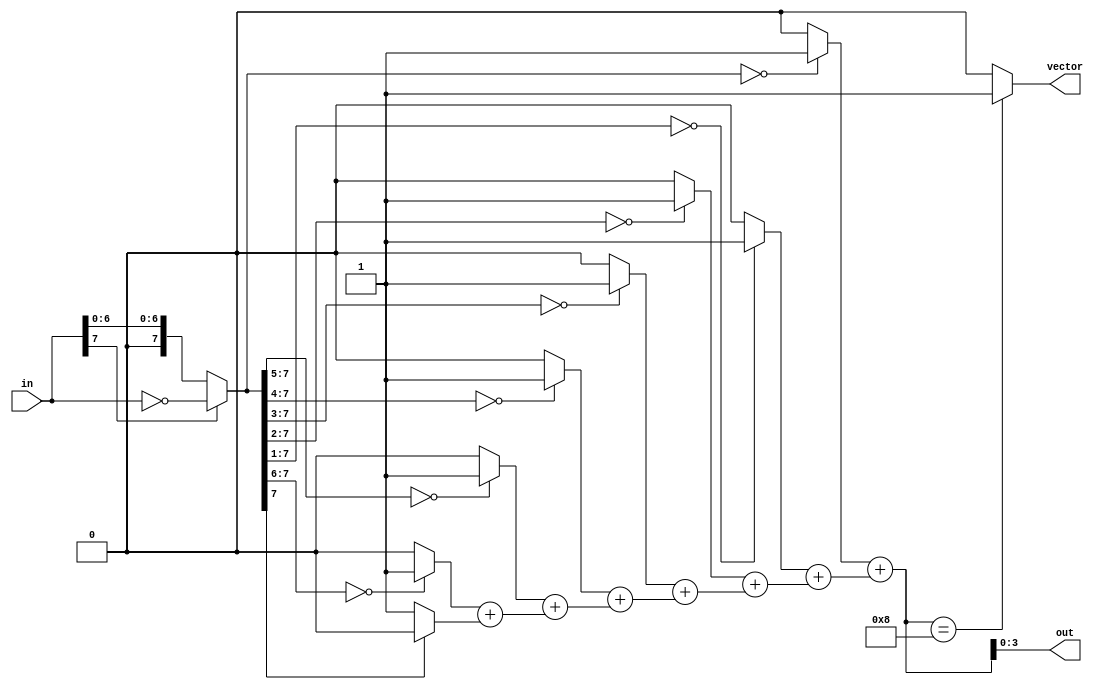
module LZC_8bit(
    input [7:0] in,
    output [3:0] out,
    output vector
);

reg [7:0] lzd_cnt1;
reg [4:0] lzd_cnt2 [7:0];
wire [7:0] op;
assign op = in[7] ? (~in) : in;
genvar i ;
generate
    for(i=0;i<=7;i=i+1) begin
        always@(*) begin
            lzd_cnt1[i] = (op[7:7-i]==1'b0) ? 1'b1 : 1'b0;
            lzd_cnt2[i] = (i==0) ? lzd_cnt1[i] : lzd_cnt1[i] + lzd_cnt2[i-1];
        end
    end
endgenerate
assign vector = (lzd_cnt2[7]==5'd8) ? 1'b1 : 1'b0;
assign out = lzd_cnt2[7];
endmodule